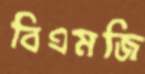
বিএমজি